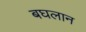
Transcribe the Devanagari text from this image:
बघलान